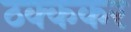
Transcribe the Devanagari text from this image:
ठक्ककर